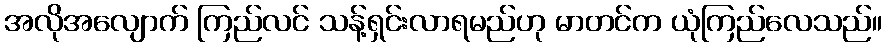
အလိုအလျောက် ကြည်လင် သန့်ရှင်းလာရမည်ဟု မာတင်က ယုံကြည်လေသည်။